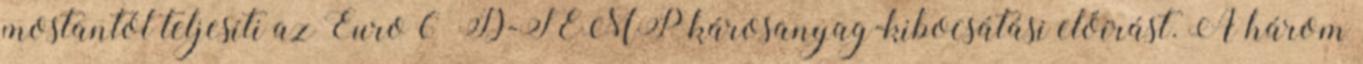
mostantól teljesíti az Euro 6 D-TEMP károsanyag-kibocsátási előírást. A három